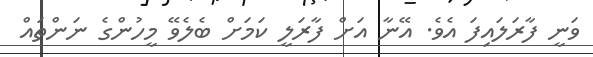
ވަނީ ފާރަލައިފަ އެވެ. އޭނާ އަށް ފާރަލީ ކަމަށް ބެލެވޭ މީހުންގެ ނަންތައް